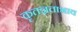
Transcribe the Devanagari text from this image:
कृतज्ञताभाव